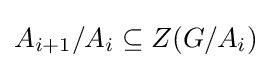
A_{i+1}/A_{i}\subseteq Z(G/A_{i})